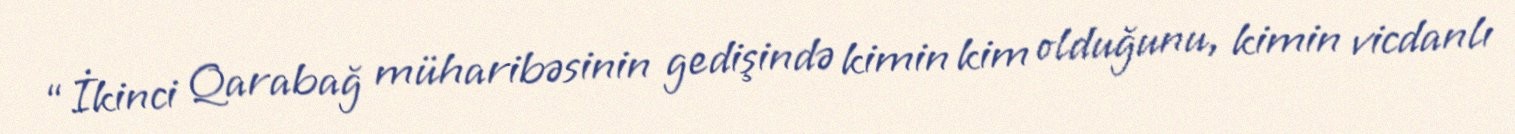
“İkinci Qarabağ müharibəsinin gedişində kimin kim olduğunu, kimin vicdanlı